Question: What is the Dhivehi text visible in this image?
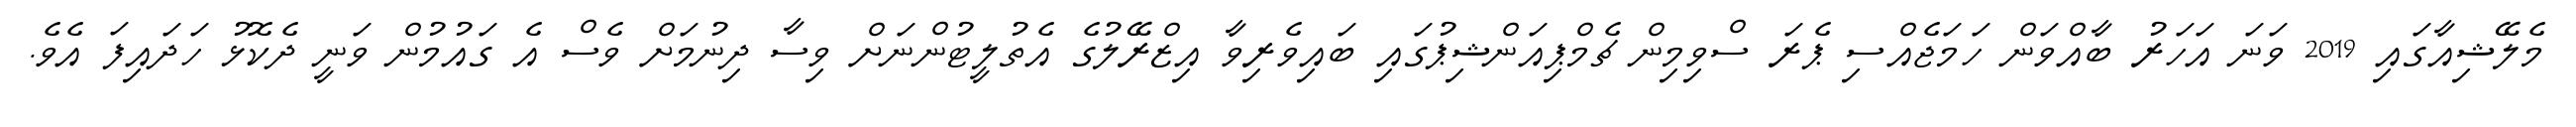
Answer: މެލޭޝިއާގައި 2019 ވަނަ އަހަރު ބާއްވަން ހަމަޖެއްސި ޕެރަ ސްވިމިން ޗެމްޕިއަންޝިޕުގައި ބައިވެރިވާ އިޒްރޭލުގެ އެތުލީޓުންނަށް ވިސާ ދިނުމަށް ވެސް އެ ގައުމުން ވަނީ ދެކޮޅު ހަދައިފަ އެވެ.